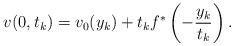
LaTeX: \begin{align*} v(0,t_k)=v_0(y_k)+t_kf^*\left(-\frac{y_k}{t_k}\right).\end{align*}